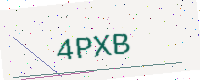
Text: 4PXB